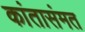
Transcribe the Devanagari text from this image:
कांतासंमत